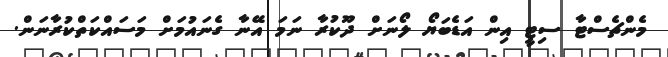
މެންޗެސްޓާ ސިޓީ އިން އަޑެބަޔޯ ލޯނަށް ދޫކުރާ ނަމަ އޭނާ ގެނައުމަށް މަސައްކަތްކުރާނަން.